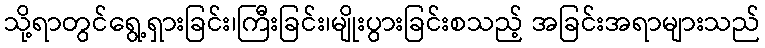
သို့ရာတွင်ရွေ့ရှားခြင်း၊ကြီးခြင်း၊မျိုးပွားခြင်းစသည့် အခြင်းအရာများသည်